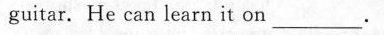
guitar. He can learn it on ___.